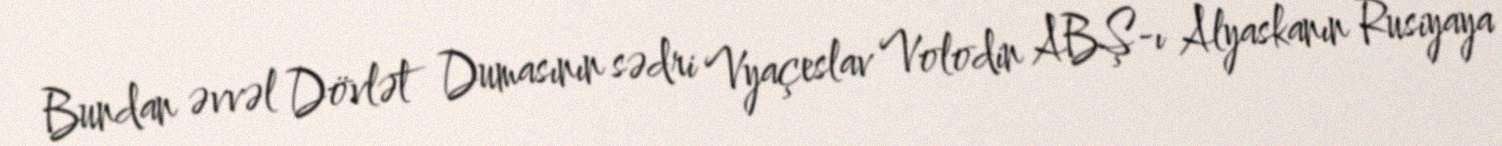
Bundan əvvəl Dövlət Dumasının sədri Vyaçeslav Volodin ABŞ-ı Alyaskanın Rusiyaya